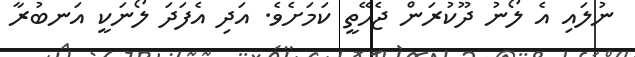
ނުލައި އެ ލޯނު ދޫކުރަން ޖެހޭތީ ކަމަށެވެ. އަދި އެފަދަ ލޯނަކީ އަނބުރާ